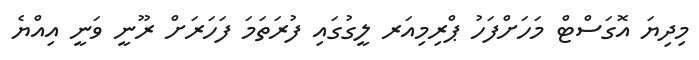
މިދިޔަ އޮގަސްޓް މަހަށްފަހު ޕްރިމިއަރ ލީގުގައި ފުރަތަމަ ފަހަރަށް ރޫނީ ވަނީ އިއްޔެ